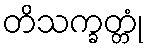
တိသက္ခတ္တုံ